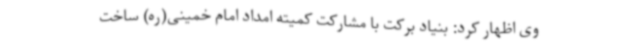
وی اظهار کرد: بنیاد برکت با مشارکت کمیته امداد امام خمینی(ره) ساخت